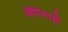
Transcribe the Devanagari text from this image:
ओपेराचे